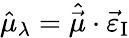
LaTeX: \hat{\mu}_{\lambda}=\hat{\vec{\mu}}\cdot\vec{\varepsilon}_{\mathrm{I}}